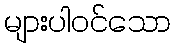
များပါဝင်သော